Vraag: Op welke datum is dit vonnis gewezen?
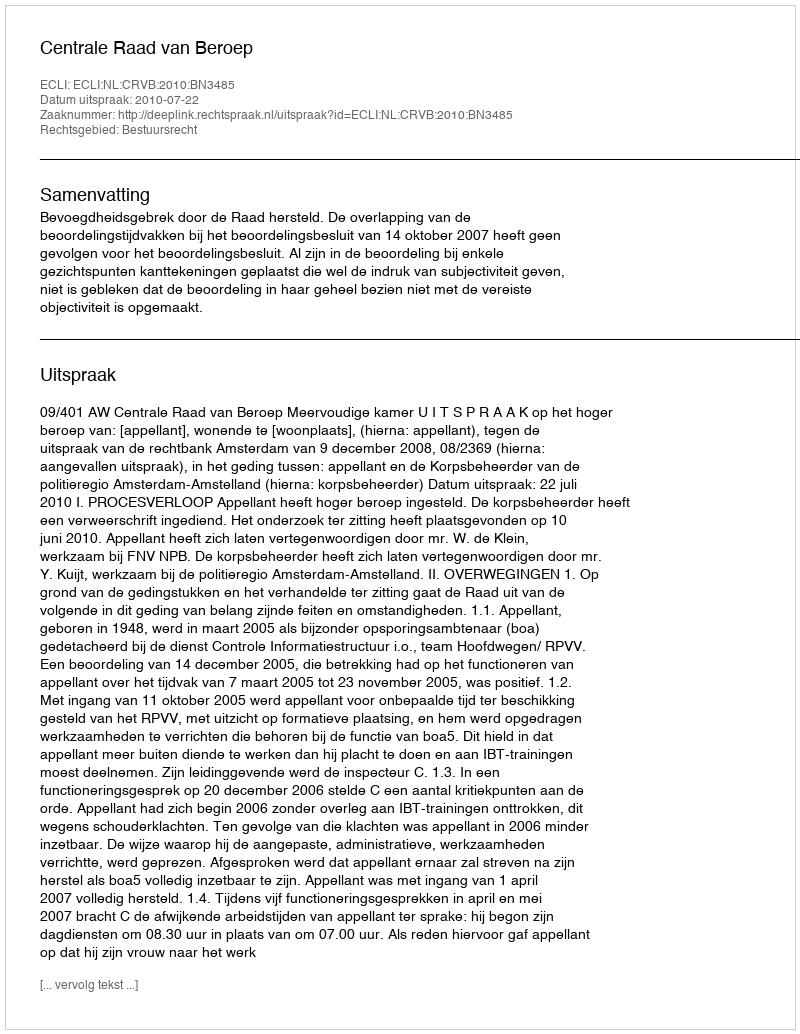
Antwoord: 2010-07-22